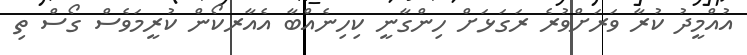
އުއްމީދު ކުރާ ވަރަށްވުރެ ރަގަޅަށް ހިންގާނީ ކިހިނެއްބާ އެއާރކޯން ކުރީމަވެސް ގޯސް ތި